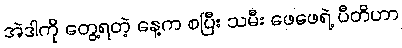
အဲဒါကို တွေ့ရတဲ့ နေ့က စပြီး သမီး ဖေဖေရဲ့ ပီတိဟာ